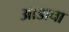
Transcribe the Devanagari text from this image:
आडाचा